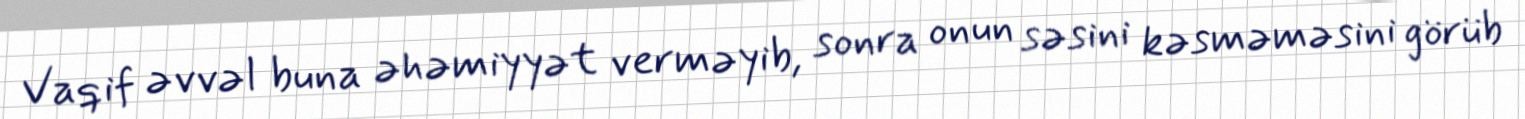
Vaqif əvvəl buna əhəmiyyət verməyib, sonra onun səsini kəsməməsini görüb